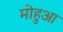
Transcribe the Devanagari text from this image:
मोहुआ